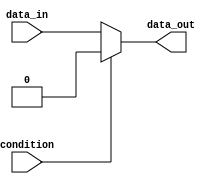
module if_else_statement (
    input wire condition,
    input wire data_in,
    output wire data_out
);

// Behavioral modeling block for if-else statement with negation
always @* begin
    if (~condition) begin
        data_out = data_in; // Execute this block if condition is false
    end else begin
        data_out = 0; // Execute this block if condition is true
    end
end

endmodule